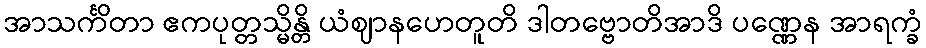
အာသင်္ကိတာ ဧကပုတ္တသ္မိန္တိ ယံဈာနဟေတူတိ ဒါတဗ္ဗောတိအာဒိ ပဏ္ဏေန အာရက္ခံ